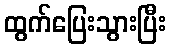
ထွက်ပြေးသွားပြီး